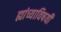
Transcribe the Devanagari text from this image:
ह्यांच्याविषयी